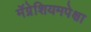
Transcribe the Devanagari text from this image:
मॅग्नेशियमपेक्षा